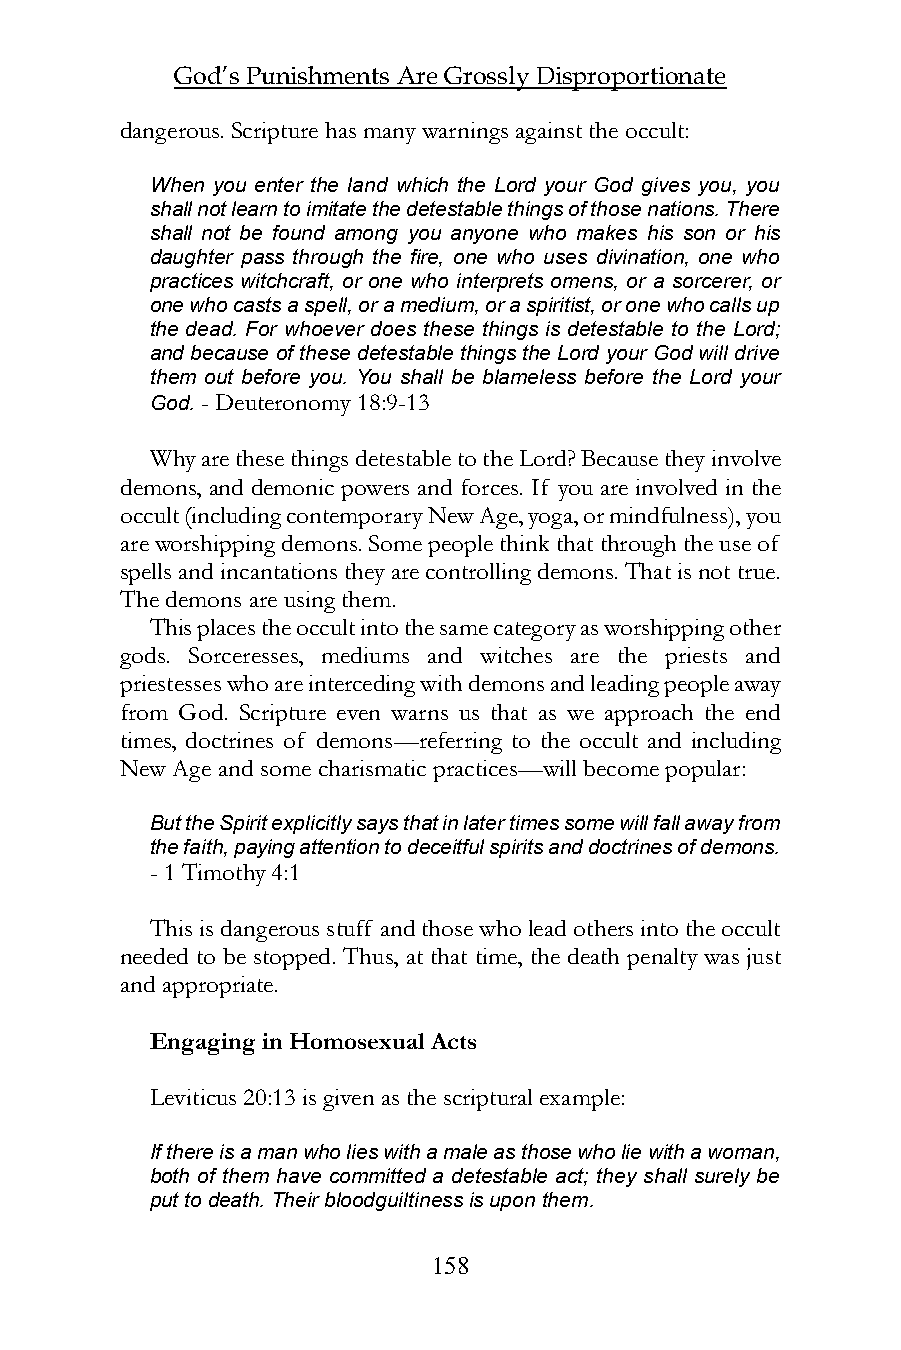
God’s Punishments Are Grossly Disproportionate
 dangerous. Scripture has many warnings against the occult:
 When you enter the land which the Lord your God gives you, you
 shall not learn to imitate the detestable things of those nations. There
 shall not be found among you anyone who makes his son or his
 daughter pass through the fire, one who uses divination, one who
 practices witchcraft, or one who interprets omens, or a sorcerer, or
 one who casts a spell, or a medium, or a spiritist, or one who calls up
 the dead. For whoever does these things is detestable to the Lord;
 and because of these detestable things the Lord your God will drive
 them out before you. You shall be blameless before the Lord your
 God. - Deuteronomy 18:9-13
 Why are these things detestable to the Lord? Because they involve
 demons, and demonic powers and forces. If you are involved in the
 occult (including contemporary New Age, yoga, or mindfulness), you
 are worshipping demons. Some people think that through the use of
 spells and incantations they are controlling demons. That is not true.
 The demons are using them.
 This places the occult into the same category as worshipping other
 gods. Sorceresses, mediums and witches are the priests and
 priestesses who are interceding with demons and leading people away
 from God. Scripture even warns us that as we approach the end
 times, doctrines of demons—referring to the occult and including
 New Age and some charismatic practices—will become popular:
 But the Spirit explicitly says that in later times some will fall away from
 the faith, paying attention to deceitful spirits and doctrines of demons.
 - 1 Timothy 4:1
 This is dangerous stuff and those who lead others into the occult
 needed to be stopped. Thus, at that time, the death penalty was just
 and appropriate.
 Engaging in Homosexual Acts
 Leviticus 20:13 is given as the scriptural example:
 If there is a man who lies with a male as those who lie with a woman,
 both of them have committed a detestable act; they shall surely be
 put to death. Their bloodguiltiness is upon them.
 158